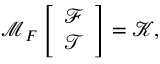
\boldsymbol { \mathcal { M } } _ { F } \left[ \begin{array} { l } { \boldsymbol { \mathcal { F } } } \\ { \boldsymbol { \mathcal { T } } } \end{array} \right] = \boldsymbol { \mathcal { K } } ,